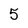
Character: 5